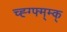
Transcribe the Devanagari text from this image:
च्ह्ग्फ्म्म्क्